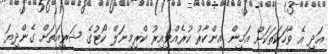
އަދި އެ ވާހަކަތަކަށް އަމީން އިންކާރު ކުރެއްވިއިރު ކްރިމިނަލް ކޯޓުގެ ޝަރީއަތަށް ގެންދިޔަ